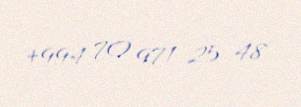
+994 70 971 25 48